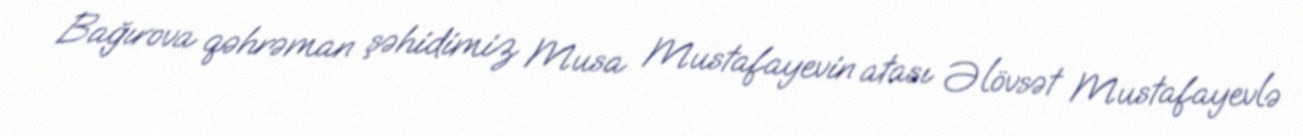
Bağırova qəhrəman şəhidimiz Musa Mustafayevin atası Əlövsət Mustafayevlə